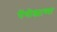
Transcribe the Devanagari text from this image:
पॅगोड्याच्या